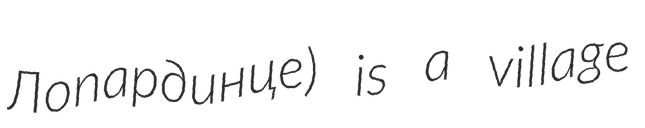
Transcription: Лопардинце) is a village